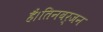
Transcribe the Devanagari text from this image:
हैं।तिनबर्जन